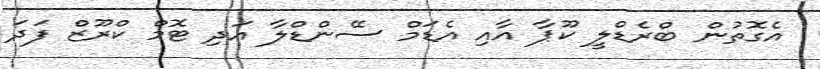
އެގޮތުން ބްރެޑްލީ ކޫޕާ އާއި އެޑަމް ސޭންޑްލާ އަދި ޓޮމް ކްރޫޒް ފަދަ